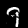
Label: 9